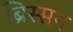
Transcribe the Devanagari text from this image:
ब्रिस्सन